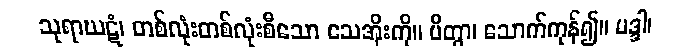
သုရာဃဋံ၊ တစ်လုံးတစ်လုံးစီသော သေအိုးကို။ ပိတွာ၊ သောက်ကုန်၍။ မဒ္ဒါ၊